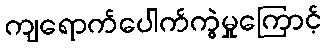
ကျရောက်ပေါက်ကွဲမှုကြောင့်